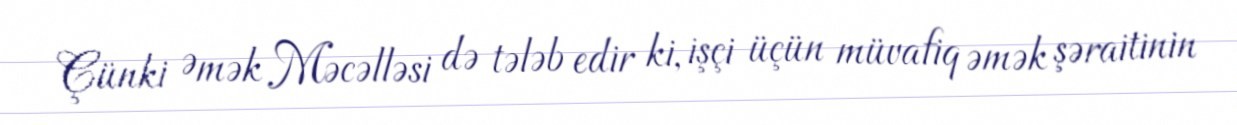
Çünki Əmək Məcəlləsi də tələb edir ki, işçi üçün müvafiq əmək şəraitinin